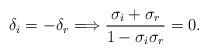
LaTeX: \begin{align*}\delta_i=-\delta_r\Longrightarrow{\frac{\sigma_i+\sigma_r}{1-{\sigma_i}{\sigma_r}}}=0.\end{align*}